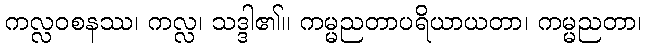
ကလ္လဝစနဿ၊ ကလ္လ၊ သဒ္ဒါ၏။ ကမ္မညတာပရိယာယတာ၊ ကမ္မညတာ၊